Annual report on the working of the lock hospitals in the North-Western Provinces and Oudh
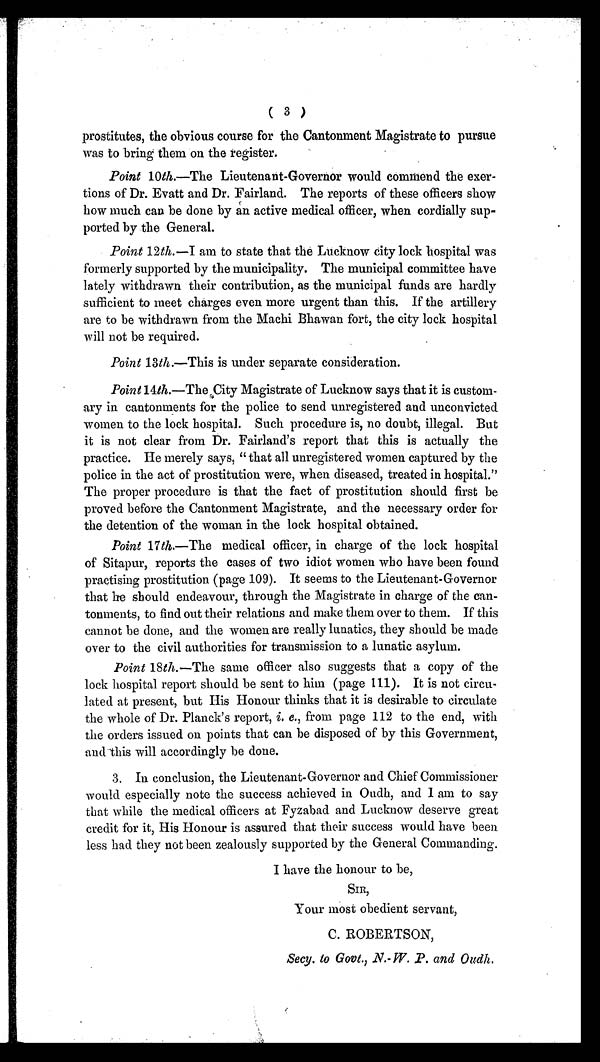
( 3 )
prostitutes, the obvious course for the Cantonment Magistrate to pursue
was to bring them on the register.
Point 10th.—The Lieutenant-Governor would commend the exer-
tions of Dr. Evatt and Dr. Fairland. The reports of these officers show
how much can be done by an active medical officer, when cordially sup-
ported by the General.
Point 12 th.—I am to state that the Lucknow city lock hospital was
formerly supported by the municipality. The municipal committee have
lately withdrawn their contribution, as the municipal funds are hardly
sufficient to meet charges even more urgent than this. If the artillery
are to be withdrawn from the Machi Bhawan fort, the city lock hospital
will not be required.
Point 13th.—This is under separate consideration.
Point 14th.—The City Magistrate of Lucknow says that it is custom-
ary in cantonments for the police to send unregistered and unconvicted.
women to the lock hospital. Such procedure is, no doubt, illegal. But
it is not clear from Dr. Fairland's report that this is actually the
practice. He merely says, "that all unregistered women captured by the
police in the act of prostitution were, when diseased, treated in hospital."
The proper procedure is that the fact of prostitution should first be
proved before the Cantonment Magistrate, and the necessary order for
the detention of the woman in the lock hospital obtained.
Point 17 th.—The medical officer, in charge of the lock hospital
of Sitapur, reports the cases of two idiot women who have been found
practising prostitution (page 109). It seems to the Lieutenant-Governor
that he should endeavour, through the Magistrate in charge of the can-
tonments, to find out their relations and make them over to them. If this
cannot be done, and the women are really lunatics, they should be made
over to the civil authorities for transmission to a lunatic asylum.
Point 18th.—The same officer also suggests that a copy of the
lock hospital report should be sent to him (page 111). It is not circu-
lated at present, but His Honour thinks that it is desirable to circulate
the whole of Dr. Planck's report, i. e., from page 112 to the end, with
the orders issued on points that can be disposed of by this Government,
and this will accordingly be done.
3. In conclusion, the Lieutenant-Governor and Chief Commissioner
would especially note the success achieved in Oudh, and I am to say
that while the medical officers at Fyzabad and Lucknow deserve great
credit for it, His Honour is assured that their success would have been
less had they not been zealously supported by the General Commanding.
I have the honour to be,
SIR,
Your most obedient servant,
C. ROBERTSON,
Secy. to Govt., N.-W. P. and Oudh.